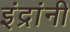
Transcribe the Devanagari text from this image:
इंद्रांनी